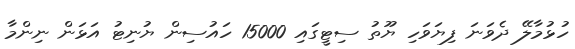
ހުޅުމާލޭ ދެވަނަ ފިޔަވަހި ޔޫތު ސިޓީގައި 15000 ހައުސިން ޔުނިޓު އަޅަން ނިންމާ